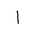
Letter: _alif